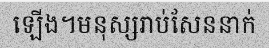
ឡើង។មនុស្សរាប់សែននាក់